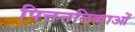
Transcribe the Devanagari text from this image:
पित्तनलिकाओं